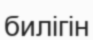
билігін